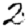
Digit: 2